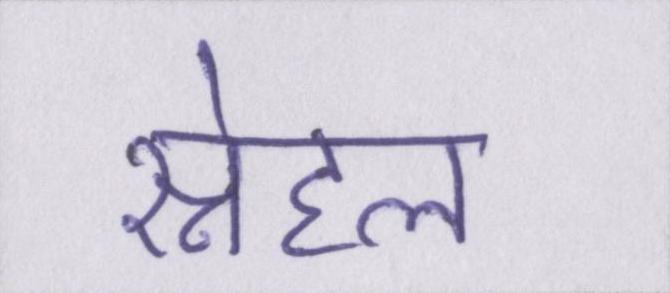
स्नेहल